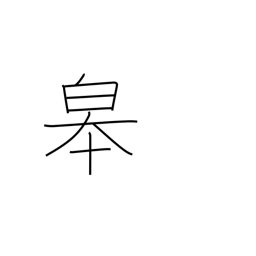
Meaning: the high land along a river